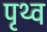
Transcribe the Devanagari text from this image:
पृथ्व